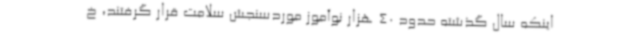
اینکه سال گذشته حدود 40 هزار نوآموز موردسنجش سلامت قرار گرفتند، خ